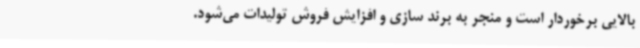
بالایی برخوردار است و منجر به برند سازی و افزایش فروش تولیدات می‌شود.